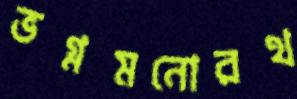
ভগ্নমনোরথ